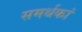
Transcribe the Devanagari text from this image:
समर्थकां